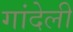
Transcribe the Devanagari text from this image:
गांदेली